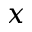
x